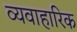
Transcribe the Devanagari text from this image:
व्यवाहारिक